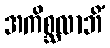
အကိစ္ဆလာဘိံ